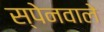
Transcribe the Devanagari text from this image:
स्पेनवाले